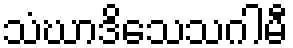
သံဃာဒိသေသဂါမီ